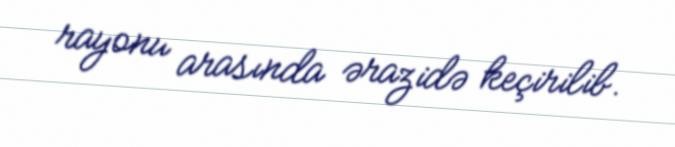
rayonu arasında ərazidə keçirilib.